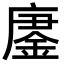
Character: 𫸀